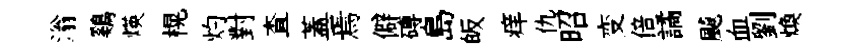
滃鷄煐榥灼對查蓋焉僻磚島皈痒仇昭变倍譎飇血劉焕